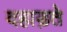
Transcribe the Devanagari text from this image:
दहाड़ते